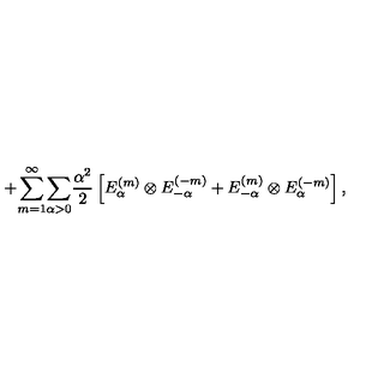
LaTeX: + { \sum _ { m = 1 } ^ { \infty } } { \sum _ { \alpha > 0 } } \frac { \alpha ^ { 2 } } { 2 } \left[ E _ { \alpha } ^ { ( m ) } \otimes E _ { - \alpha } ^ { ( - m ) } + E _ { - \alpha } ^ { ( m ) } \otimes E _ { \alpha } ^ { ( - m ) } \right] , \quad \quad \quad \quad \quad \quad \quad \quad \quad \quad